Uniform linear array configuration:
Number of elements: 12
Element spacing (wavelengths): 1
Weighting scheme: hamming
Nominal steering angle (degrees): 0
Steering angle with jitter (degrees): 0.0855
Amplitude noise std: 0.05
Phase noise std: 0.05

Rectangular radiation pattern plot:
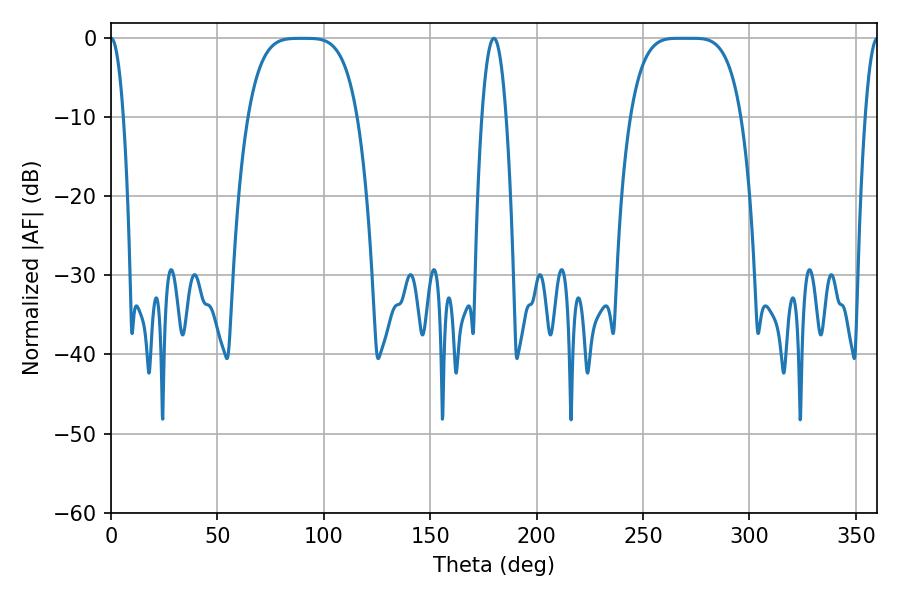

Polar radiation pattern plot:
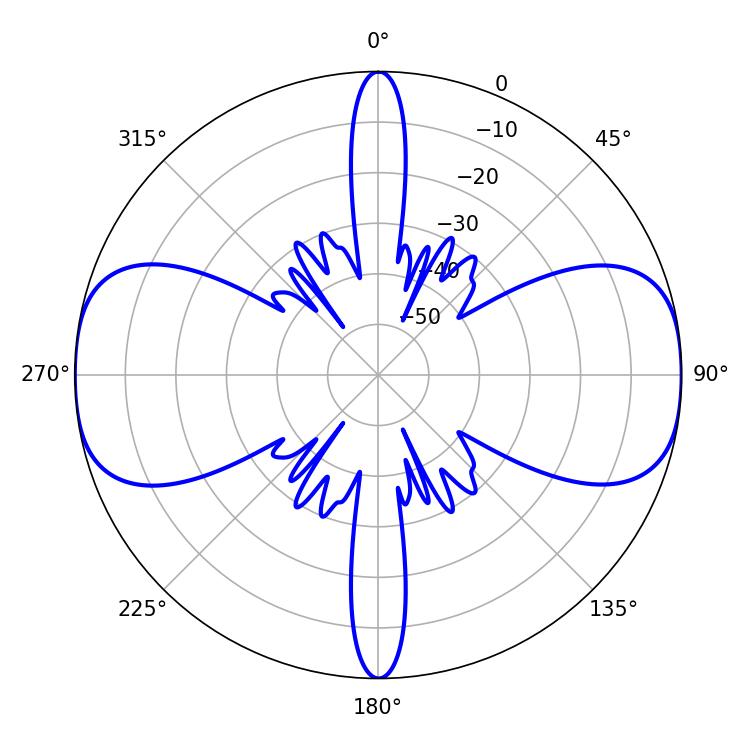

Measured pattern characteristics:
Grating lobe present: TRUE
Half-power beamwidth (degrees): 38.88
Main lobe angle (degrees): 266.76